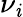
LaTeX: \nu_{\mathit{i}}